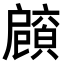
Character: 𢩡